Newspaper: The McCook tribune.
Place of publication: McCook, Neb.
Publisher: F.M. Kimmell
Date: 1900-05-25 00:00:00
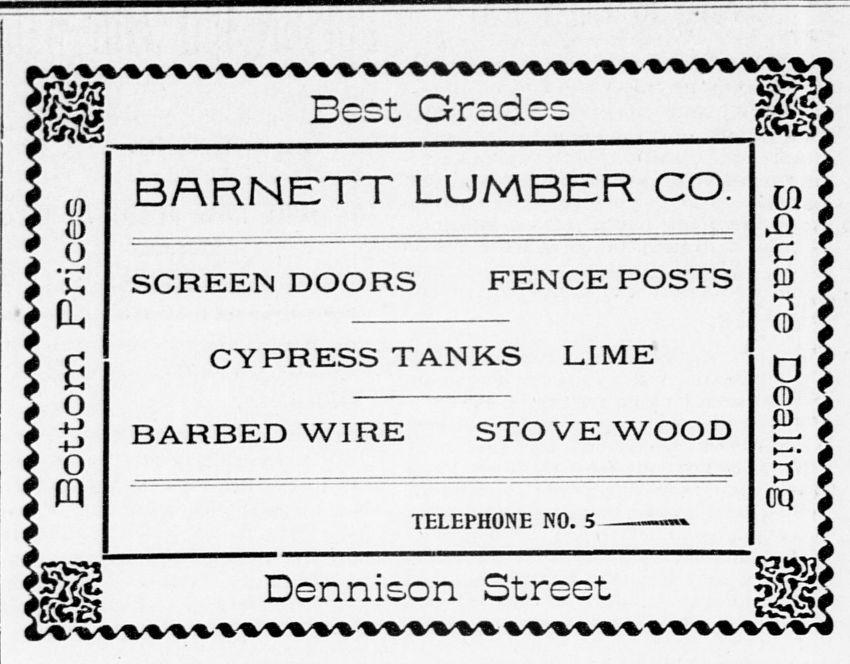
Advertisement text (OCR):
Best Grades
Label: text-only